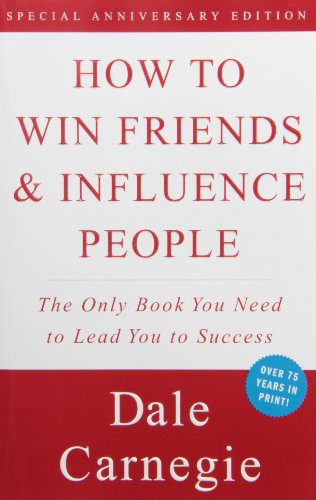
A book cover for How to Win Friends & Influence People; Dale Carnegie; Politics & Social Sciences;